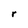
Character: r